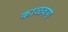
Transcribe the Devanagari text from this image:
काळवण